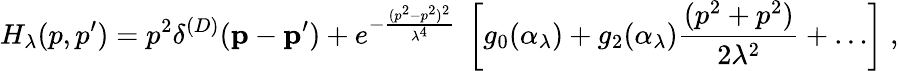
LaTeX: H_{\lambda}(p,p^{\prime})=p^{2}\delta^{(D)}({\mathbf p}-{\mathbf p^{\prime}})+e^{-\frac{(p^{2}-p^{2})^{2}}{\lambda^{4}}}\; \left[g_{0}(\alpha_{\lambda})+g_{2}(\alpha_{\lambda})\frac{(p^{2}+p^{2})}{2\lambda^{2}}+\dots\right]\; ,